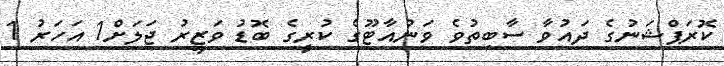
ކޮރަޕްޝަނުގެ ދައުވާ ސާބިތުވެ ވަނުއާޓޫގެ ކުރީގެ ބޮޑު ވަޒީރު ޖަލަށް1 އަހަރު 1